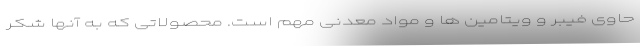
حاوی فیبر و ویتامین ها و مواد معدنی مهم است. محصولاتی که به آنها شکر